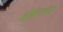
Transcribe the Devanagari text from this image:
ओहमाच्या